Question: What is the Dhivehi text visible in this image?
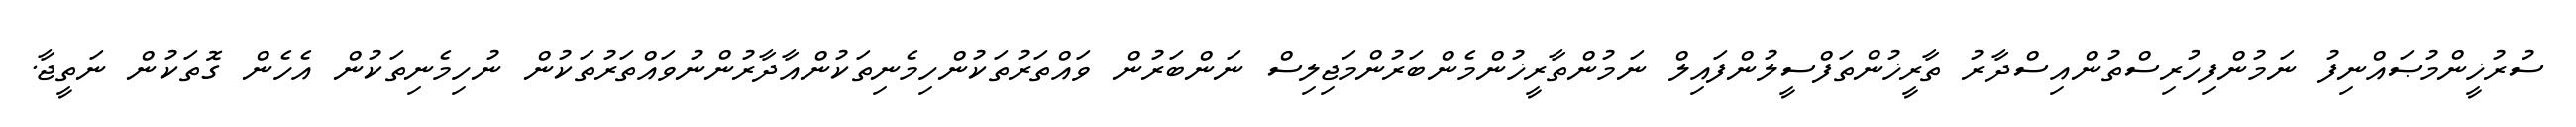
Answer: ސުރުޚީންމުޞައްނިފު ނަމުންފިހުރިސްތުންއިސްދާރު ތާރީޚުންތަފްސީލުންފައިލް ނަމުންތާރީޚުންމެންބަރުންމަޖިލިސް ނަންބަރުން ވައްތަރުތަކުންހިމެނިތަކުންއާދާރުންނުވައްތަރުތަކުން ނުހިމެނިތަކުން އެހެން ގޮތަކުން ނަތީޖާ.